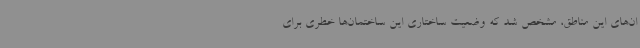
ان‌های این مناطق، مشخص شد که وضعیت ساختاری این ساختمان‌ها خطری برای